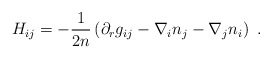
\begin{align*} H_{ij} = - \frac1{2n} \left(\partial_r g_{ij} - \nabla_i n_j - \nabla_j n_i \right)~.\end{align*}